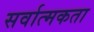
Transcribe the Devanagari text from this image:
सर्वात्मकता